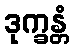
ဒုက္ခန္တံ